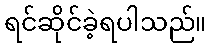
ရင်ဆိုင်ခဲ့ရပါသည်။